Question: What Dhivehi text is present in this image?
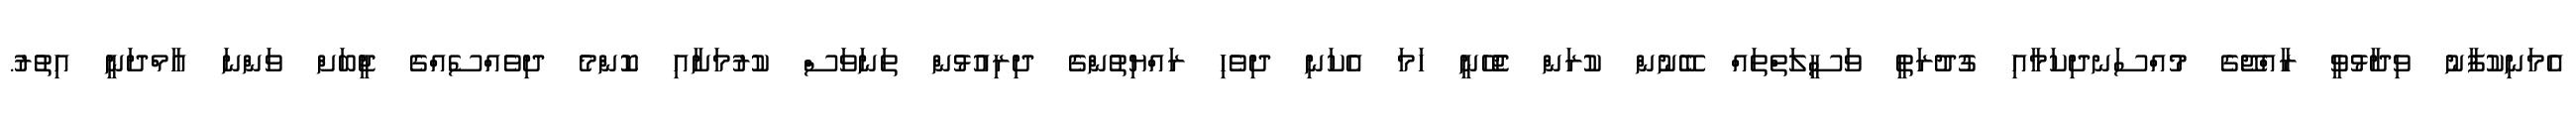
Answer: އެމަނިކުފާނު ވިދާޅުވީ ރާއްޖޭގެ މުއްސަނދިކަމާއި ގުދުރަތީ ވަސީލަތްތައް ބޭނުން ކުރަން ޖެހޭނީ ހަމަ އެކަނި ދިވެހި ރައްޔިތުންގެ ދިރިއުޅުން ތަނަވަސް ކުރުމަށާއި ކޮންމެ ދިވެއްސެއްގެ ޖީބަށް ވަންނަ އާމްދަނީ އިތުރު.